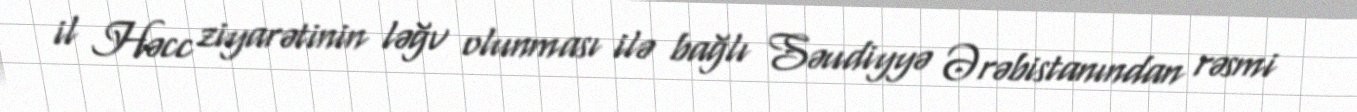
il Həcc ziyarətinin ləğv olunması ilə bağlı Səudiyyə Ərəbistanından rəsmi